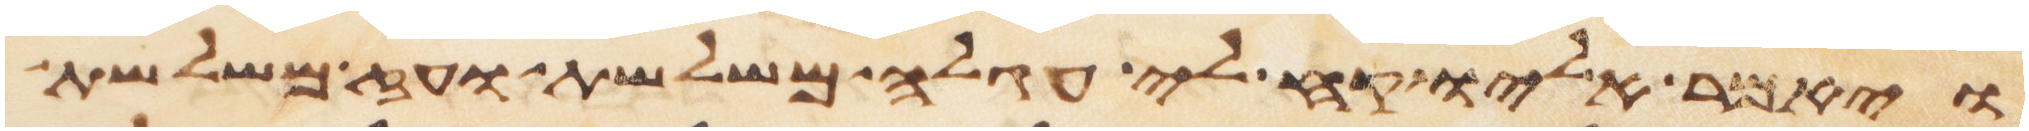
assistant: ויאמר אליו קח לי עגלה משלשת ועז משלשת